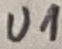
Text: U1